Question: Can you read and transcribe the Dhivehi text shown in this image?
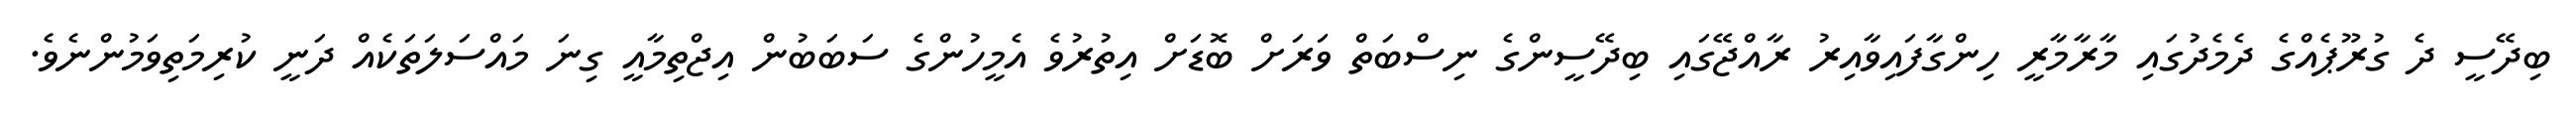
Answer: ބިދޭސީ ދެ ގުރޫޕެއްގެ ދެމެދުގައި މާރާމާރީ ހިންގާފައިވާއިރު ރާއްޖޭގައި ބިދޭސީންގެ ނިސްބަތް ވަރަށް ބޮޑަށް އިތުރުވެ އެމީހުންގެ ސަބަބުން އިޖްތިމާއީ ގިނަ މައްސަލަތަކެއް ދަނީ ކުރިމަތިވަމުންނެވެ.